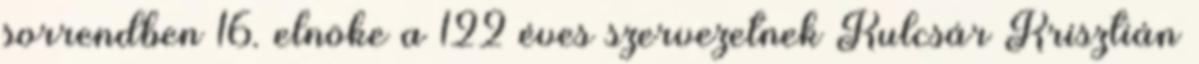
sorrendben 16. elnöke a 122 éves szervezetnek Kulcsár Krisztián